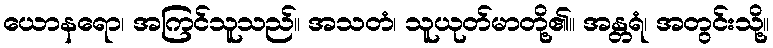
ယောနရော၊ အကြင်သူသည်။ အသတံ၊ သူယုတ်မာတို့၏။ အန္တရံ၊ အတွင်းသို့။